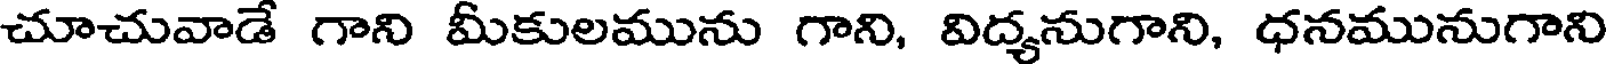
చూచువాడే గాని మీకులమును గాని, విద్యనుగాని, ధనమునుగాని